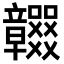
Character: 𥫖